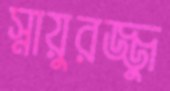
স্নায়ুরজ্জু